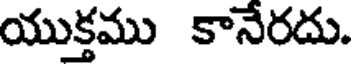
యుక్తము కానేరదు.